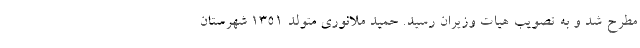
مطرح شد و به تصویب هیات وزیران رسید. حمید ملانوری متولد ۱۳۵۱ شهرستان